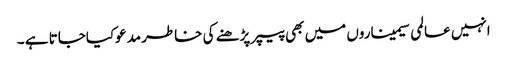
انہیں عالمی سیمیناروں میں بھی پیپر پڑھنے کی خاطر مدعوکیاجاتا ہے ۔